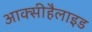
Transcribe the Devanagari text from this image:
आक्सीहैलाइड